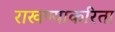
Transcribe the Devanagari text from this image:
राखण्याकरिता